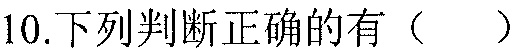
10.下列判断正确的有（  ）